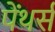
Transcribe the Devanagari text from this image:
पेंथर्स